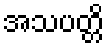
အသပတ္တိ